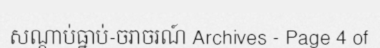
សណ្តាប់ធ្នាប់-ចរាចរណ៍ Archives - Page 4 of